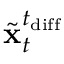
\widetilde { \mathbf { x } } _ { t } ^ { t _ { \mathrm { d i f f } } }